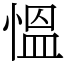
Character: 慍